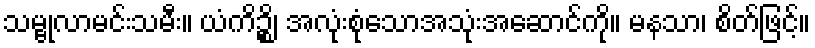
သမ္ဗုလာမင်းသမီး။ ယံကိဉ္စိ၊ အလုံးစုံသောအသုံးအဆောင်ကို။ မနသာ၊ စိတ်ဖြင့်။